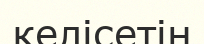
келісетін